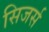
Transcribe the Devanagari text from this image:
सिजर्स